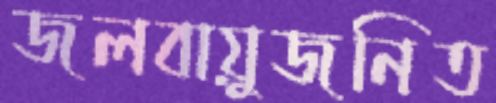
জলবায়ুজনিত